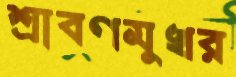
শ্রাবণমুখর